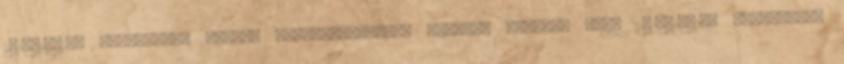
2016.10.19. Pulykanyak leves, zöldbabfőzelék, rántott tengeri hal. 2016.10.14. Frankfurti